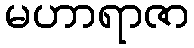
မဟာရာဇာ